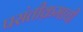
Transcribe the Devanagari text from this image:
पसंतीक्रमाची